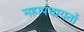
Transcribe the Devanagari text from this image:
महापंचायतों